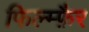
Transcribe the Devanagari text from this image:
फिल्म्फ़ैर